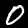
Label: 0